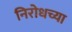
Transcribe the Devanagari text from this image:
निरोधच्या